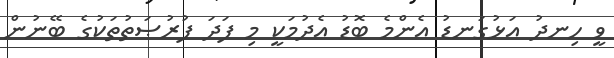
ވީ ހިނދު އަޅުގަނޑު އެންމެ ބޮޑު އެދުމަކީ މި ފަދަ ފުރުޞަތުތަކުގެ ބޭނުން